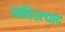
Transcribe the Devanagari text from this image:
प्रतिउत्पाद